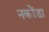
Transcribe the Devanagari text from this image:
नकोंडा